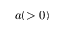
a ( > 0 )